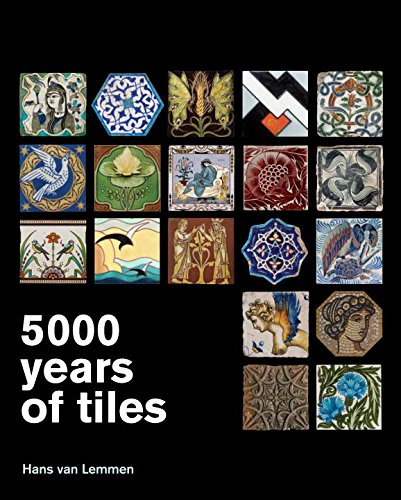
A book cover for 5000 Years of Tiles; Hans Van Lemmen; Crafts, Hobbies & Home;